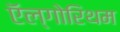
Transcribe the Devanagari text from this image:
ऍल्गोरिथम